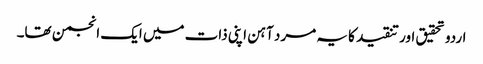
اردو تحقیق اور تنقید کا یہ مرد آہن اپنی ذات میں ایک انجمن تھا۔